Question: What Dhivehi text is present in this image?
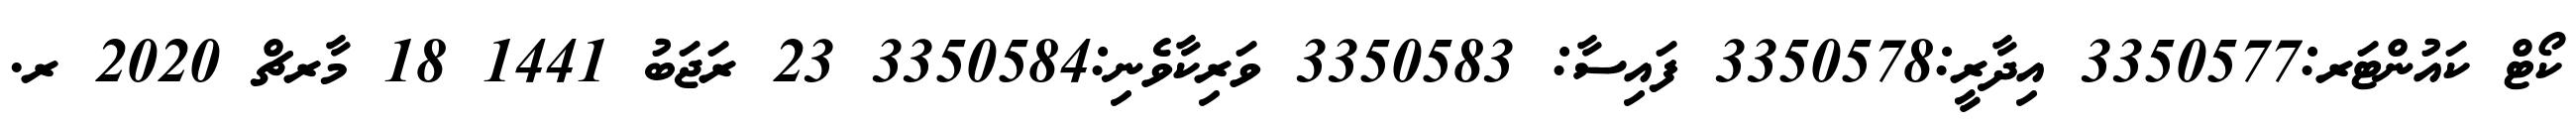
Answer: ކޯޓް ކައުންޓަރ:3350577 އިދާރީ:3350578 ފައިސާ: 3350583 ވަރިކާވެނި:3350584 23 ރަޖަބު 1441 18 މާރޗް 2020 ރ.